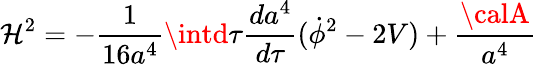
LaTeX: \mathcal{H}^{2}=-\frac{{1}}{{16a^{4}}}\intd\tau\frac{{da^{4}}}{{d\tau}}(\dot{{\phi}}^{2}-2V)+\frac{{\calA}}{{a^{4}}}